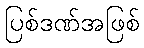
ပြစ်ဒဏ်အဖြစ်